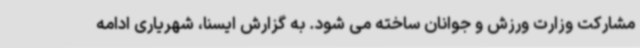
مشارکت وزارت ورزش و جوانان ساخته می شود. به گزارش ایسنا، شهریاری ادامه